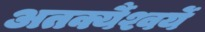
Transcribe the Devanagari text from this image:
अतर्क्यैश्वर्ये